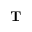
\mathbf { T }